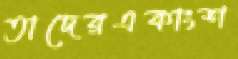
তাদেরএকাংশ